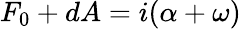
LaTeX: F_{0}+dA=i(\alpha+\omega)